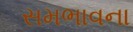
સમભાવના